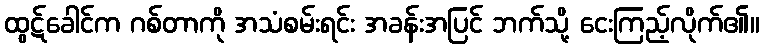
ထွဋ်ခေါင်က ဂစ်တာကို အသံစမ်းရင်း အခန်းအပြင် ဘက်သို့ ငေးကြည့်လိုက်၏။